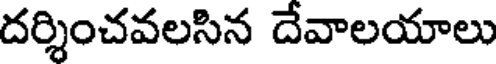
దర్శించవలసిన దేవాలయాలు